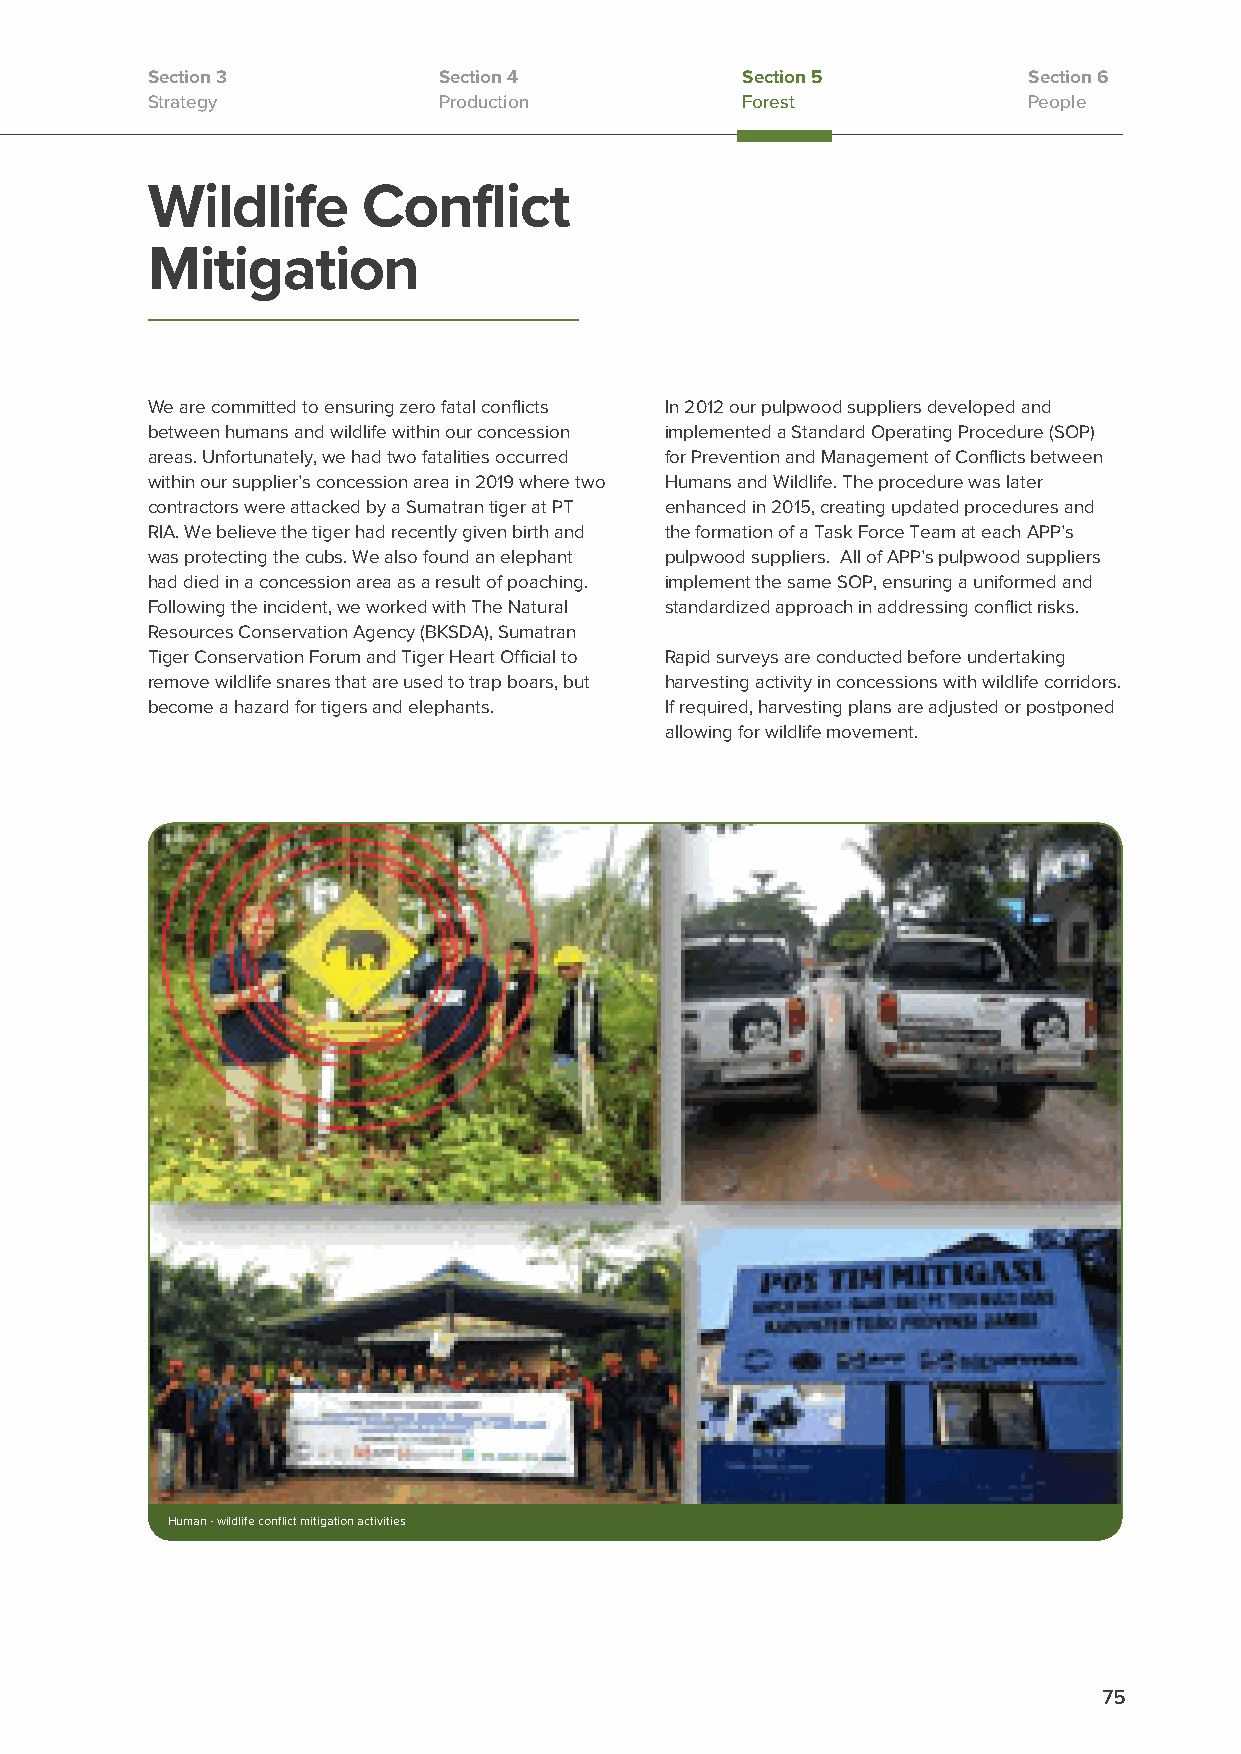
Section 3          Section 4           Section 5          Section 6
 Strategy           Production          Forest             People
 Wildlife      Conflict
 Mitigation
 We are committed to ensuring zero fatal conflicts In 2012 our pulpwood suppliers developed and
 between humans and wildlife within our concession implemented a Standard Operating Procedure (SOP)
 areas. Unfortunately, we had two fatalities occurred for Prevention and Management of Conflicts between
 within our supplier’s concession area in 2019 where two Humans and Wildlife. The procedure was later
 contractors were attacked by a Sumatran tiger at PT enhanced in 2015, creating updated procedures and
 RIA. We believe the tiger had recently given birth and the formation of a Task Force Team at each APP’s
 was protecting the cubs. We also found an elephant pulpwood suppliers. All of APP’s pulpwood suppliers
 had died in a concession area as a result of poaching. implement the same SOP, ensuring a uniformed and
 Following the incident, we worked with The Natural standardized approach in addressing conflict risks.
 Resources Conservation Agency (BKSDA), Sumatran
 Tiger Conservation Forum and Tiger Heart Official to Rapid surveys are conducted before undertaking
 remove wildlife snares that are used to trap boars, but harvesting activity in concessions with wildlife corridors.
 become a hazard for tigers and elephants. If required, harvesting plans are adjusted or postponed
 allowing for wildlife movement.
 Human - wildlife conflict mitigation activities
 75